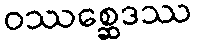
ဝဿစ္ဆေဒဿ